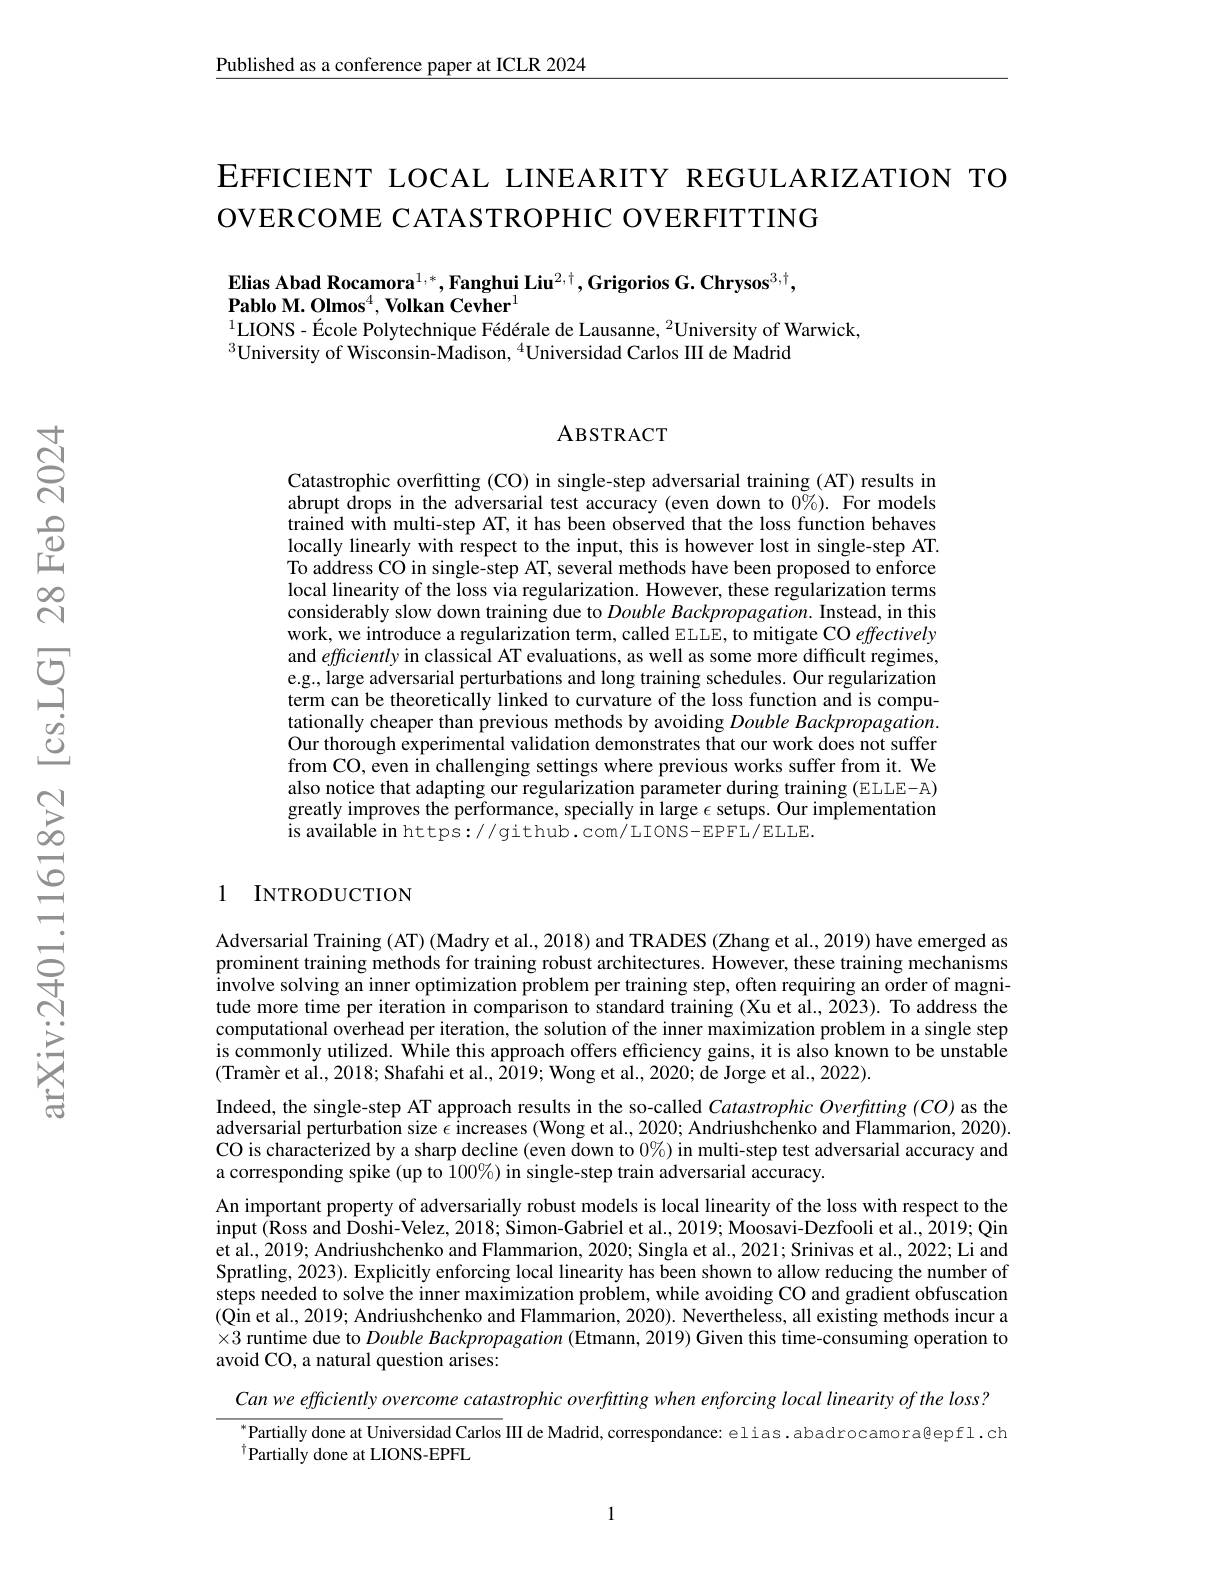
Published as a conference paper at ICLR 2024

EFFICIENT LOCAL LINEARITY REGULARIZATION TO
OVERCOME CATASTROPHIC OVERFITTING

Elias Abad Rocamora$^1,*,\textbf{Fanghui Liu}^{2,\dagger},\textbf{Grigorios G.Chrysos}^{3,\dagger}$,
$\textbf{Pablo M. Olmos}^{4},\textbf{Volkan Cevher}^{1}$
$^{1}$LIONS-École Polytechnique Fédérale de Lausanne, $^2$University of Warwick,
$^{3}$University of Wisconsin-Madison, $^{4}$Universidad Carlos III de Madrid

### ABSTRACT

Catastrophic overfitting (CO) in single-step adversarial training (AT) results in abrupt drops in the adversarial test accuracy (even down to $0\%).$ For models trained with multi-step AT, it has been observed that the loss function behaves locally linearly with respect to the input, this is however lost in single-step AT. To address CO in single-step AT, several methods have been proposed to enforce local linearity of the loss via regularization. However, these regularization terms considerably slow down training due to $Double\textit{Backpropagation. Instead, in this}$ work, we introduce a regularization term, called ELLE, to mitigate CO effectively and efficiently in classical AT evaluations, as well as some more difficult regimes, e.g., large adversarial perturbations and long training schedules. Our regularization term can be theoretically linked to curvature of the loss function and is computationally cheaper than previous methods by avoiding Double Backpropagation. Our thorough experimental validation demonstrates that our work does not suffer from CO, even in challenging settings where previous works suffer from it. We also notice that adapting our regularization parameter during training (ELLE-A) greatly improves the performance, specially in large $\epsilon$ setups. Our implementation is available in https://github.com/LIONS-EPFL/ELLE.

## 1 INTRODUCTION

Adversarial Training (AT) (Madry et al., 2018) and TRADES (Zhang et al., 2019) have emerged as prominent training methods for training robust architectures. However, these training mechanisms involve solving an inner optimization problem per training step, often requiring an order of magnitude more time per iteration in comparison to standard training (Xu et al., 2023). To address the computational overhead per iteration, the solution of the inner maximization problem in a single step is commonly utilized. While this approach offers efficiency gains, it is also known to be unstable $( \text{Tram\` {e}retal. , 2018; Shafahietal. , 2019; Wongetal. , 2020; deJorgeetal. , 2022) . }$
Indeed, the single-step AT approach results in the so-called Catastrophic Overfitting (CO) as the adversarial perturbation size $\epsilon$ increases (Wong et al., 2020; Andriushchenko and Flammarion, 2020). CO is characterized by a sharp decline (even down to $0\%)$ in multi-step test adversarial accuracy and a corresponding spike (up to 100%) in single-step train adversarial accuracy.
An important property of adversarially robust models is local linearity of the loss with respect to the input (Ross and Doshi-Velez, 2018; Simon-Gabriel et al., 2019; Moosavi-Dezfooli et al., 2019; Qin et al., 2019; Andriushchenko and Flammarion, 2020; Singla et al., 2021; Srinivas et al., 2022; Li and Spratling, 2023). Explicitly enforcing local linearity has been shown to allow reducing the number of steps needed to solve the inner maximization problem, while avoiding CO and gradient obfuscation $(\bar{\text{Qin et al., 2019; Andriushchenko and Flammarion, 2020). Nevertheless, all existing methods incur a}}$ $\times3$ runtime due to Double Backpropagation (Etmann, 2019) Given this time-consuming operation to avoid CO, a natural question arises:
Can we efficiently overcome catastrophic overfitting when enforcing local linearity of the loss?

$^{*}$Partially done at Universidad Carlos III de Madrid, correspondance: elias. abadrocamora@epfl.ch
$^{\dagger}$Partially done at LIONS-EPFL

1